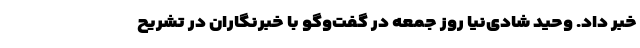
خبر داد. وحید شادی‌نیا روز جمعه در گفت‌وگو با خبرنگاران در تشریح